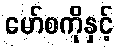
မော်စကိုနှင့်